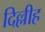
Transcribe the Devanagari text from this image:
दिल्लीह